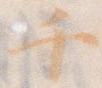
千